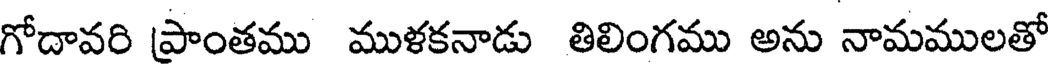
గోదావరి ప్రాంతము ముళకనాడు తిలింగము అను నామములతో